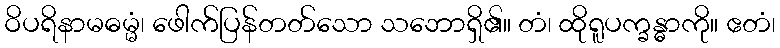
ဝိပရိနာမဓမ္မံ၊ ဖေါက်ပြန်တတ်သော သဘောရှိ၏။ တံ၊ ထိုရူပက္ခန္ဓာကို။ ဧတံ၊